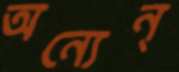
অন্যেন্